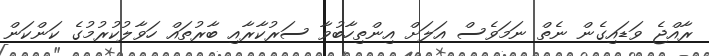
ރާއްޖެ ވަޑައިގެން ނެތް ނަމަވެސް އަލަށް އިންތިހާބުވާ ސަރުކާރާއި ބާރުތައް ހަވާލުކުރުމުގެ ކަންކަން